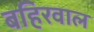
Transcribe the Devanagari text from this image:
बहिरवाल